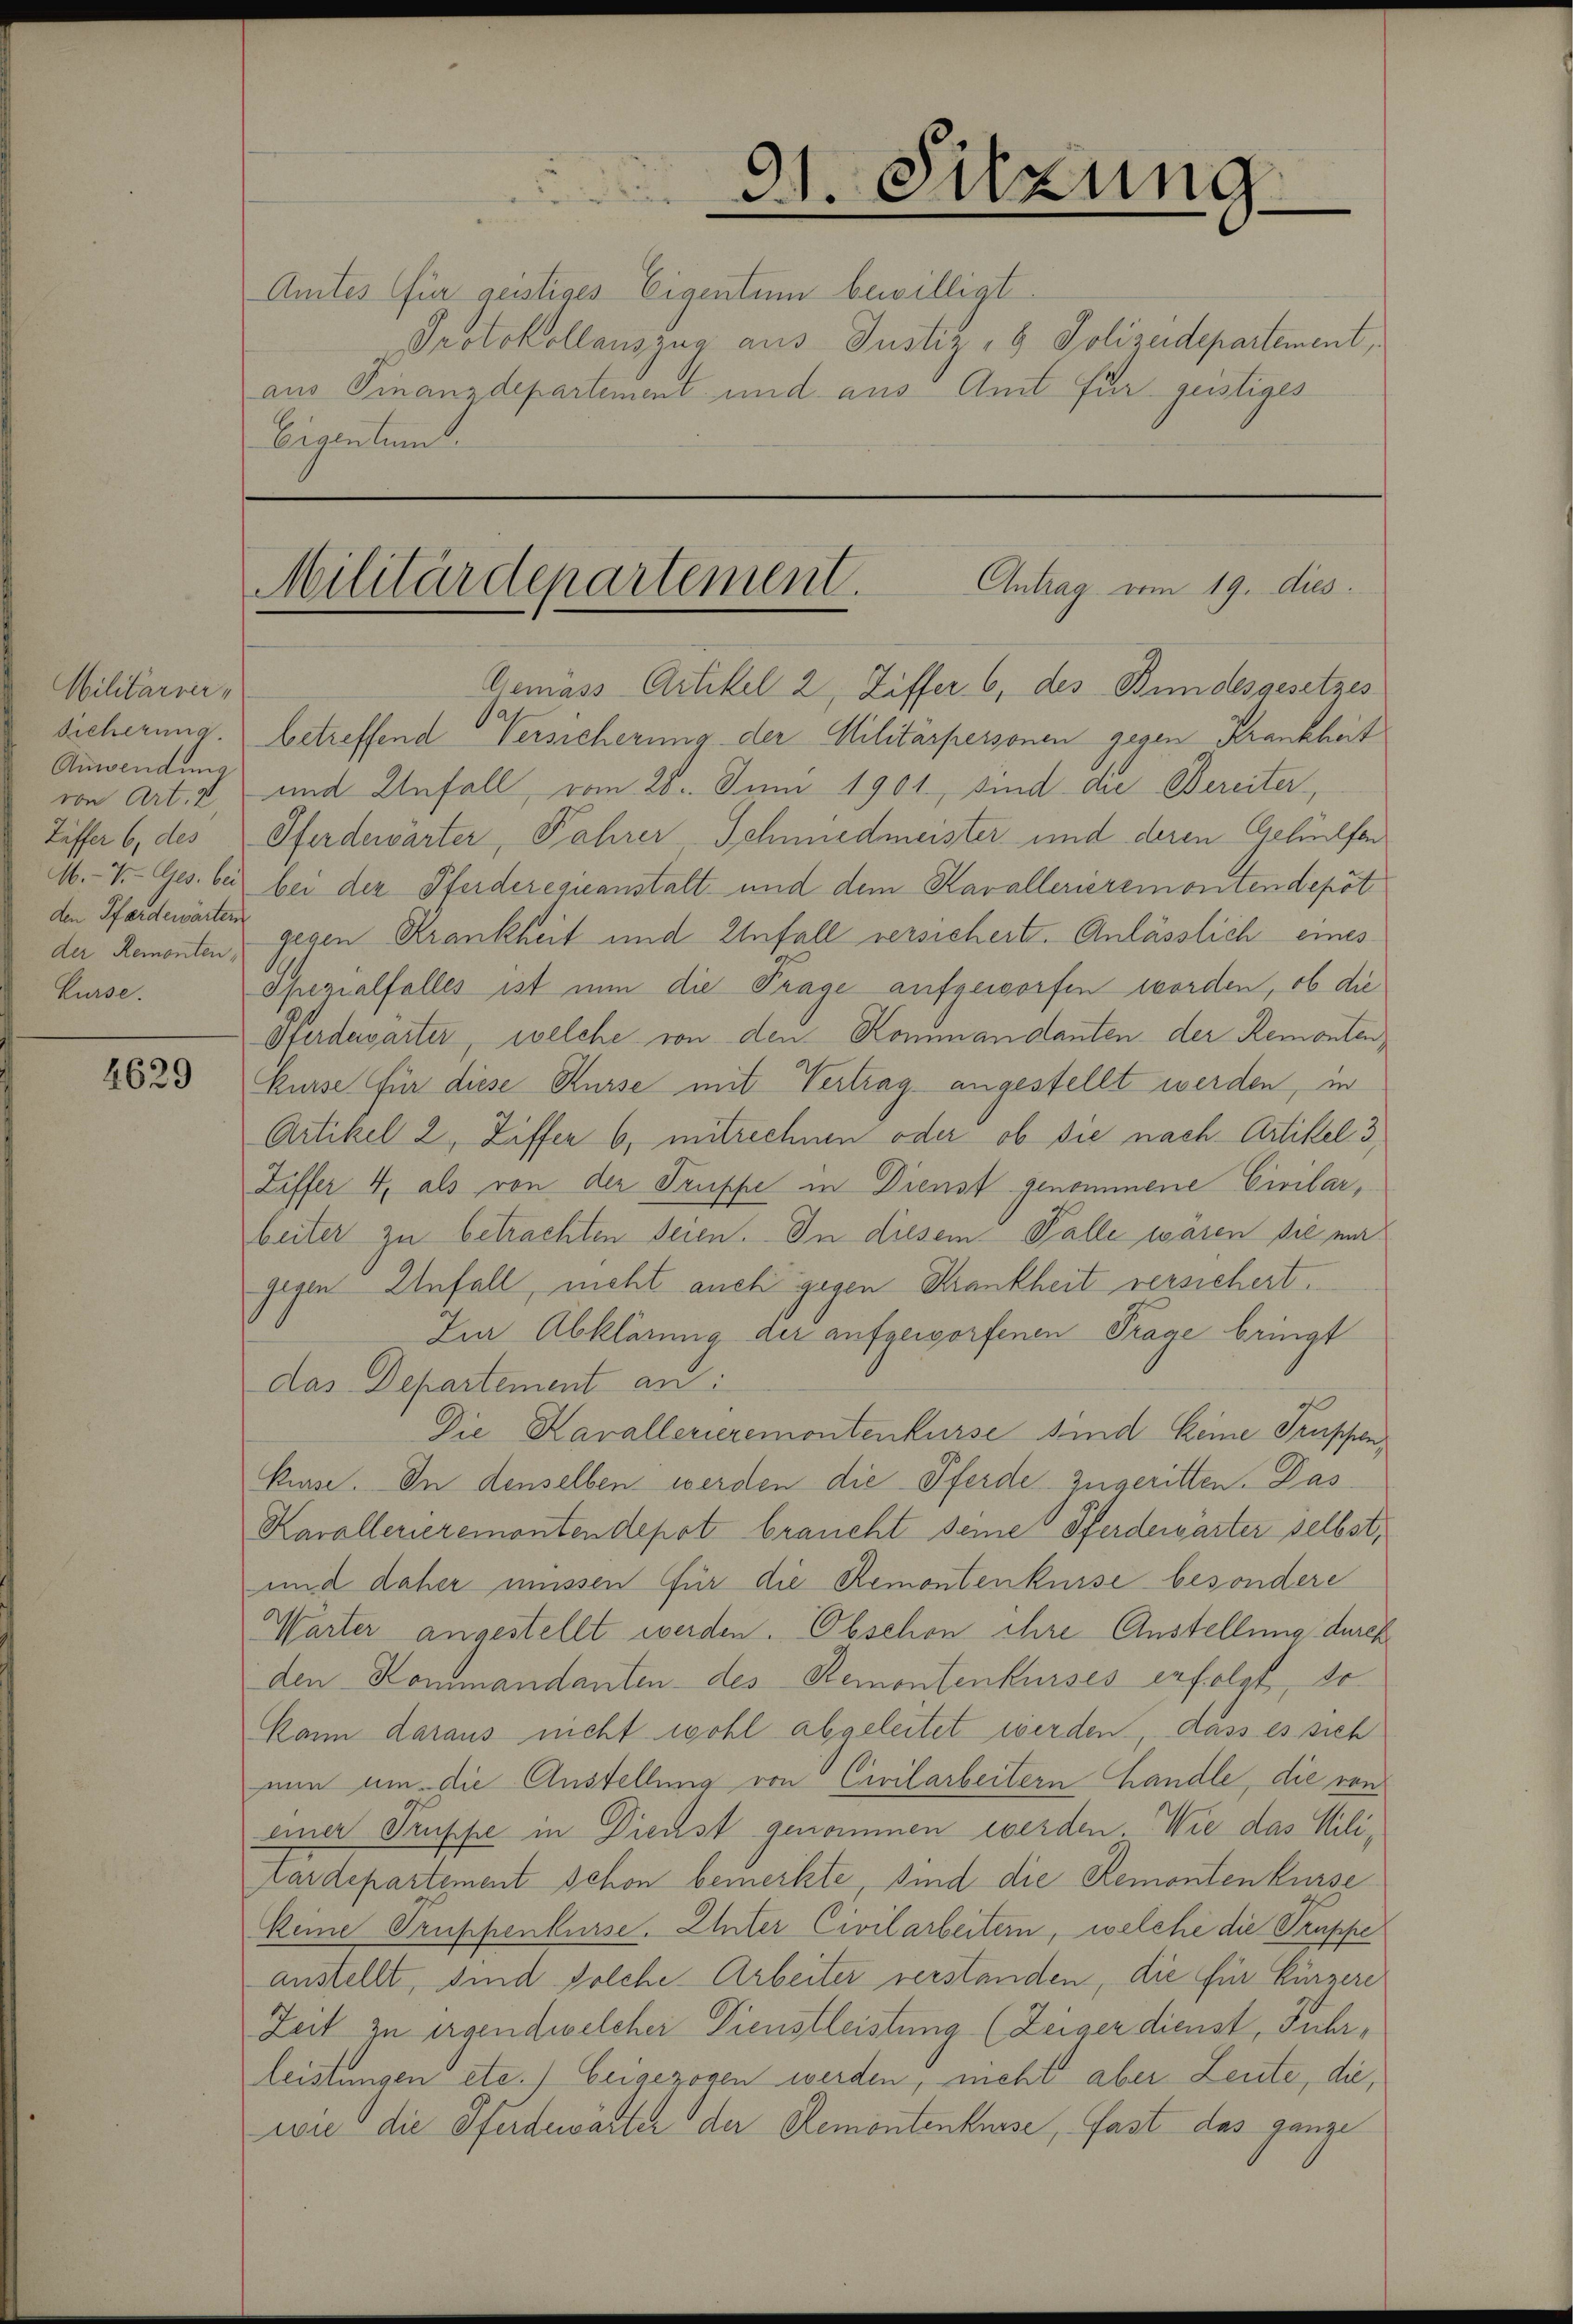
Militärrer,
Anwendung
von Art. 2
Tiffer 6, des
M.-V.-Ges. bei
den Pferdewärten
der Remonten,
Kurse.

4629

31. Sitzung

Amtes (für geistiges Eigentum bewilligt
Protokollauszug aus Justiz- & Polizeidepartement,
aus Finanzdepartement und aus Amt für geistiges
Eigentum.

Militärdepartement. Antrag vom 19. dies

Gemäss Artikel 2, Ziffer 6, des Bundesgesetzes
Sicherung. betreffend Versicherung der Militärpersonen gegen Krankheit
und Unfall, vom 28. Juni 1901, sind die Bereiter
Pferdewärter, Fahrer Schmiedmeister und deren Gehülfen
bei der Pferderegieanstalt- und dem Kavallerieremontendepöt
gegen Krankheit und Unfall versicherte. Anlässlich eines
Spezialfalles ist nun die Trage aufgeworfen worden, ob die
Pferdewärter, welche von den Kommandanten der Remonten,
Kurse für diese Kurse mit Vertrag angestellt werden, in
Artikel 2, Ziffer 6, mitrechnen oder ob sie nach Artikel 3
Liffer 4, als von der Truppe in Dienst genommene Civilarbeiter zu betrachten seien. In diesem Falle wären sie mir
gegen Unfall, nicht auch gegen Krankheit versichert.
Im Abklärung der aufgeworfenen Frage bringt
das Departement an:
Die Kavallerieremontenkurse sind keine Truppen,
Kurse. In denselben werden die Pferde zugeritten. Das
Kavallerieremontendepot braucht seine Pferdewärter selbst,
und daher müssen für die Remontenkurse besondere
Warter angestellt werden. Obschon ihre Anstellung durch
den Kommandanten des Remontenkurses erfolgt, so
kann daraus nicht wohl abgeleitet werden, dass es sich
nun um die Austellung von Civilarbeitern handle, die von
einer Truppe in Dienst genommen werden. Wie das Militardepartement schon bemerkte, sind die Remonten kurse
keine Gruppenkurse. Unter Civilarbeitern, welche die Truppe
anstellt, sind solche Arbeiter verstanden, die für Kürzere
Zeit zu irgendwelcher Dienstleistung (Zeiger dienst, Fuhrleistungen etc.) beigezogen werden, nicht aber Leute, die,
wie die Pferdewärter der Remontenkurse, fast das ganze